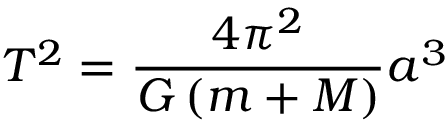
T ^ { 2 } = { \frac { 4 \pi ^ { 2 } } { G \left( m + M \right) } } a ^ { 3 } \,